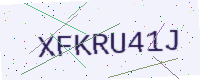
Text: XFKRU41J